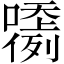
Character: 𡂲